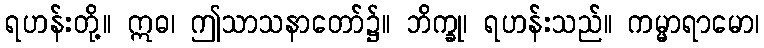
ရဟန်းတို့။ ဣဓ၊ ဤသာသနာတော်၌။ ဘိက္ခု၊ ရဟန်းသည်။ ကမ္မာရာမော၊